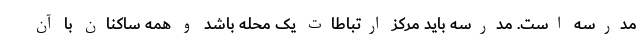
مدرسه است. مدرسه باید مرکز ارتباطات یک محله باشد و همه ساکنان با آن